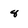
Character: 8